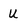
Character: U